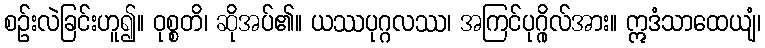
စဉ်းလဲခြင်းဟူ၍။ ဝုစ္စတိ၊ ဆိုအပ်၏။ ယဿပုဂ္ဂလဿ၊ အကြင်ပုဂ္ဂိုလ်အား။ ဣဒံသာထေယျံ၊